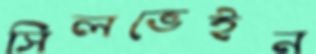
সিলভেইন